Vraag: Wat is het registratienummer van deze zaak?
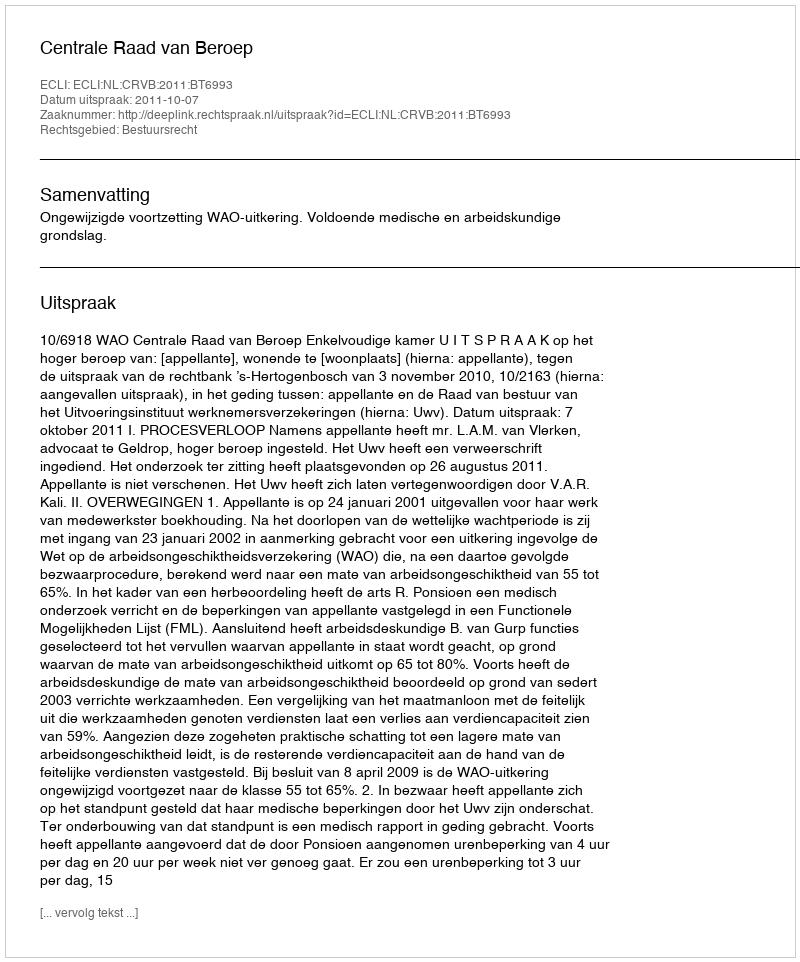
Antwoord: http://deeplink.rechtspraak.nl/uitspraak?id=ECLI:NL:CRVB:2011:BT6993